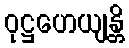
ဝုဋ္ဌဟေယျန္တိ